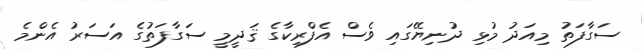
ސަގާފަތު މިއަދު މުޅި ދުނިޔޭގައި ވެސް އެފްރިކާގެ ޤަދީމީ ސަގާފަތުގެ އަސަރު އެންމެ